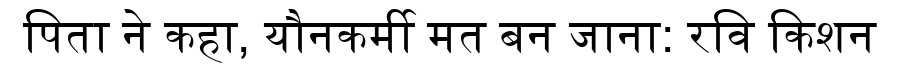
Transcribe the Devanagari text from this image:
पिता ने कहा, यौनकर्मी मत बन जाना: रवि किशन